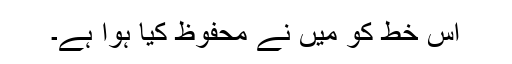
اس خط کو میں نے محفوظ کیا ہوا ہے۔